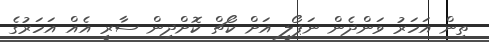
ތިން އަހަރު ވަންދެން ނަޕޯލީ އަށް ކޯޗް ކޮށްދިން ސާރީ އެއް އަހަރުގެ